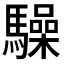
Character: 𮪚